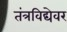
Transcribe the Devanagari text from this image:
तंत्रविद्येवर